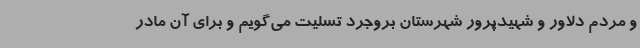
و مردم دلاور و شهیدپرور شهرستان بروجرد تسلیت می‌گویم و برای آن مادر